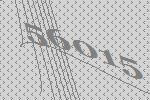
56015